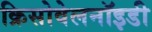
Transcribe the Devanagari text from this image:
क्रिसोवेलनॉइडी